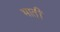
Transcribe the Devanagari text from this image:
भातीं